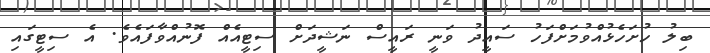
ބިލު ހުށަހެޅުއްވުމަށްފަހު ސައީދު ވަނީ ރައީސް ނަޝީދަށް ސިޓީއެއް ފޮނުއްވާފައެވެ. އެ ސިޓީގައި